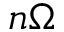
n \Omega